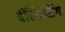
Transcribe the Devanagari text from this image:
बॅलिन्सिंग